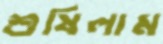
শুষিলাম